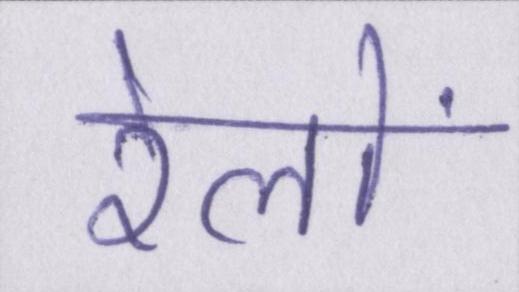
रेलों